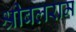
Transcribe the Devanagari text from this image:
श्रीबलराम